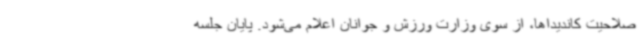
صلاحیت کاندیداها، از سوی وزارت ورزش و جوانان اعلام می‌شود. پایان جلسه